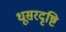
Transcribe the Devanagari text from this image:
धूसरदृष्टि